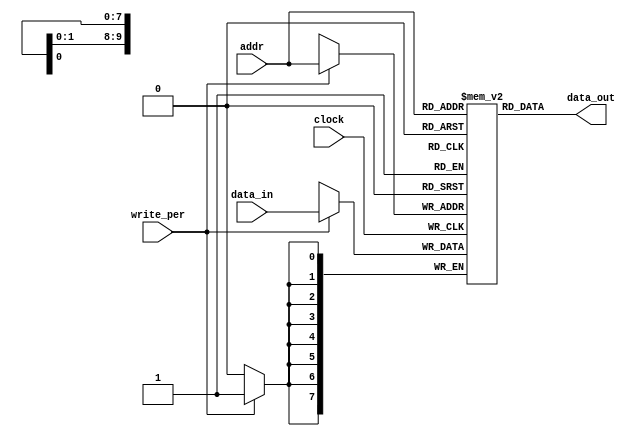
module single_port_ram
    #(
        parameter veriGenisligi = 8,
        parameter addresGenisligi = 10
    )
    (
        input clock,
        input write_per,
        input [addresGenisligi-1:0] addr,
        input [veriGenisligi-1:0] data_in,
        output reg [veriGenisligi-1:0] data_out
    );
 
    reg [veriGenisligi-1:0] mem [2**addresGenisligi-1:0];
 
    always @ (posedge clock) begin
        if (write_per) begin
            mem[addr] <= data_in;
        end
    end
 
    assign data_out = mem[addr];
 
endmodule